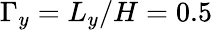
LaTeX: \Gamma_{y}=L_{y}/H=0.5